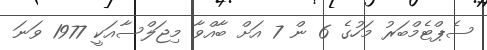
ސެޕްޓެމްބަރު މަހުގެ 6 ން 7 އަށް ބާއްވާ މިޖަލްސާއަކީ 1977 ވަނަ